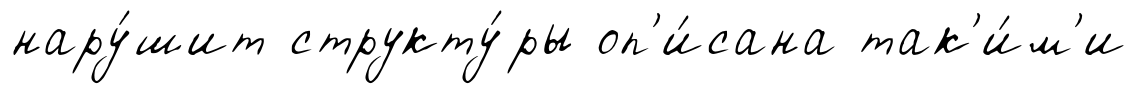
нару́шит структу́ры оп'и́сана так'и́м'и